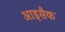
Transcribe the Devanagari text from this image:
आइसैक